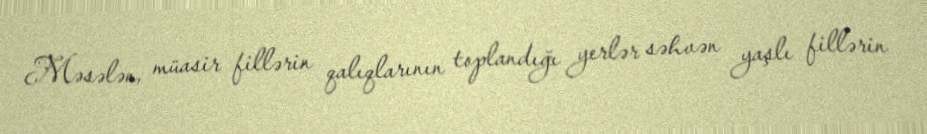
Məsələn, müasir fillərin qalıqlarının toplandığı yerlər səhvən yaşlı fillərin